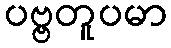
ပဗ္ဗတူပမာ